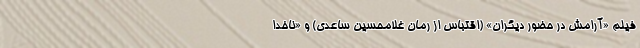
فيلم «آرامش در حضور ديگران» (اقتباس از رمان غلامحسين ساعدي) و «ناخدا